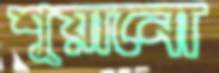
শুয়ানো